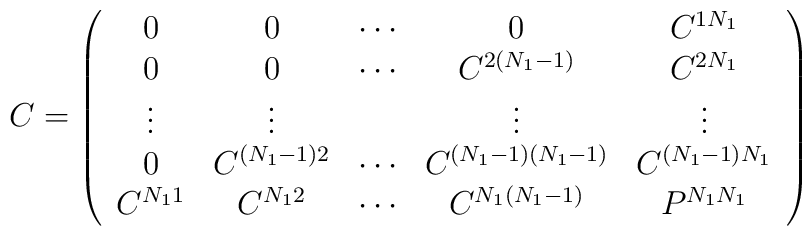
C = \left( \begin{array}{ccccc} 0 & 0 & \cdots & 0 & C^{1N_1}\\ 0 & 0 & \cdots & C^{2 (N_1-1)}&C^{2N_1} \\ \vdots & \vdots & { } & \vdots &\vdots \\0 & C^{(N_1-1) 2} & \cdots & C^{(N_1-1) (N_1-1)} & C^{(N_1-1) N_1} \\C^{N_11} & C^{N_12} & \cdots & C^{N_1 (N_1-1)} &P^{N_1N_1}\end{array} \right)